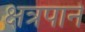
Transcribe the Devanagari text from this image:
क्षत्रपाने